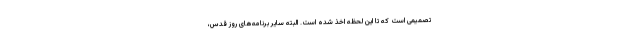
تصمیمی است که تا این لحظه اخذ شده است. البته سایر برنامه‌های روز قدس،